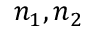
n _ { 1 } , n _ { 2 }